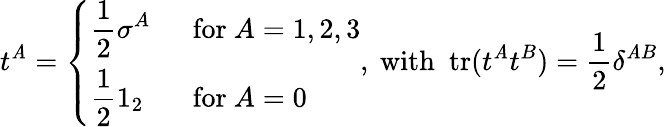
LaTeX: t^{\mathit{A}}=\left\{ \begin{array}{ll}{{\displaystyle\frac{1}{2}\sigma^{A}}}&{{~~\mathrm{for}~A=1,2,3}}\\ {{\displaystyle\frac{1}{2}1_{2}}}&{{~~\mathrm{for}~A=0}}\end{array}\right.,\mathrm{{~with~~tr}}(t^{\mathit{A}}t^{B})=\frac{{1}}{{2}}\delta^{\mathit{A}B},